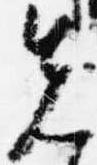
先